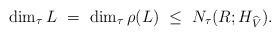
LaTeX: \begin{align*} \dim_\tau L\ =\ \dim_\tau \rho(L) \ \le \ N_\tau(R;H_{\widehat{V}}).\end{align*}